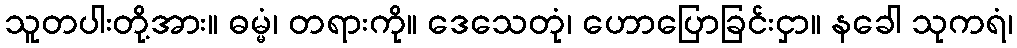
သူတပါးတို့အား။ ဓမ္မံ၊ တရားကို။ ဒေသေတုံ၊ ဟောပြောခြင်းငှာ။ နခေါ သုကရံ၊